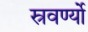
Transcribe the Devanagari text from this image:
स्रवर्ण्यो